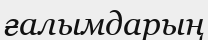
ғалымдарың